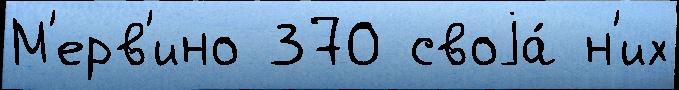
М'ерв'ино 370 своjа́ н'их